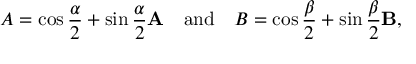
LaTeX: A = \cos { \frac { \alpha } { 2 } } + \sin { \frac { \alpha } { 2 } } \mathbf { A } \quad { \mathrm { a n d } } \quad B = \cos { \frac { \beta } { 2 } } + \sin { \frac { \beta } { 2 } } \mathbf { B } ,